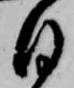
日